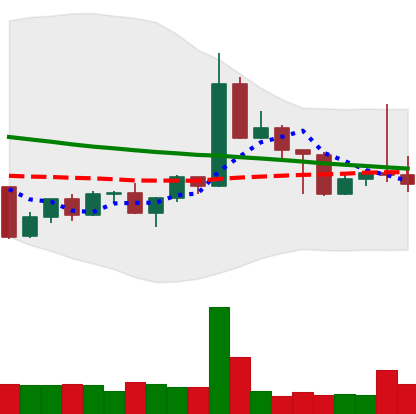
Ticker: TRX-USD
Chart end date: 2022-04-30
Forward return: 18.828%
Label: up_7plus